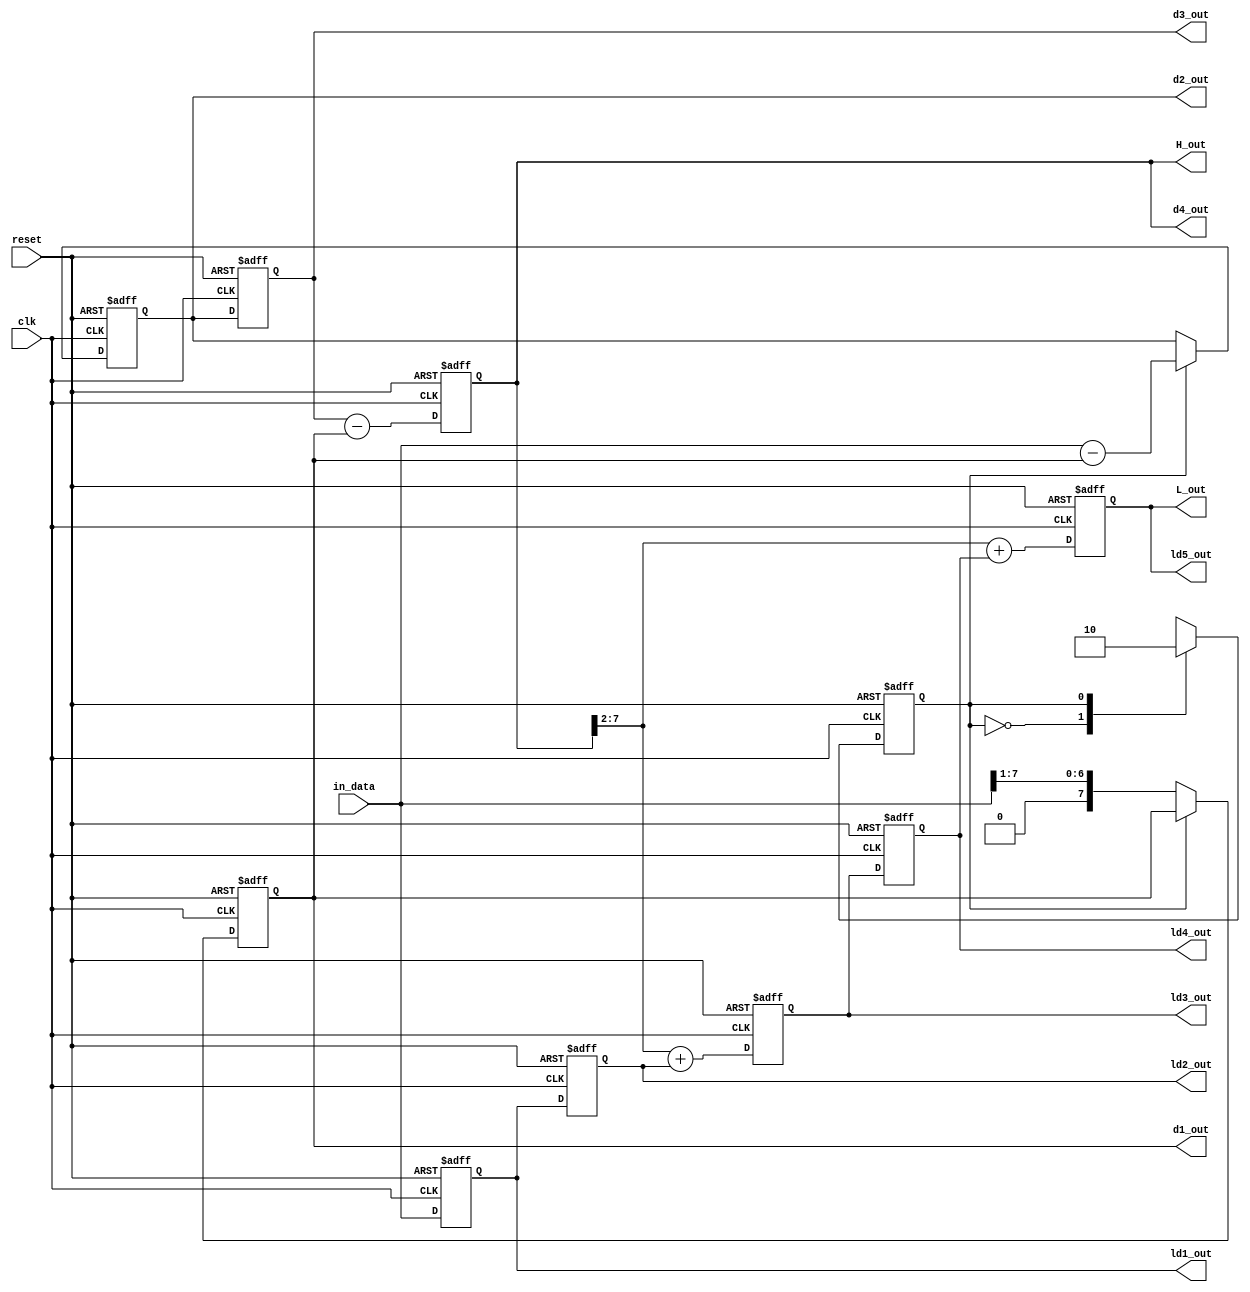
module TOP(clk, reset, in_data, d1_out, d2_out, d3_out, d4_out, ld1_out, ld2_out, ld3_out, ld4_out, ld5_out,  L_out, H_out);
	input clk;
	input reset;
	input [7:0] in_data;
	output[7:0] d1_out, d2_out, d3_out, d4_out;
	output [7:0] ld1_out, ld2_out, ld3_out, ld4_out, ld5_out;
	output [7:0] L_out;
	output [7:0] H_out;

	parameter ODD = 1'd0;
	parameter EVEN = 1'd1;
	reg[7:0] d_out[3:0];
	reg[7:0] ld_out[4:0];

	wire[7:0] sub1;
	wire[7:0] sub2;

	assign sub1 = in_data - d_out[0];
	assign sub2 = d_out[2] - d_out[0];
	assign H_out = d_out[3];
	assign L_out = ld_out[4];
	assign d1_out = d_out[0];
	assign d2_out = d_out[1];
	assign d3_out = d_out[2];
	assign d4_out = d_out[3];
	assign ld1_out = ld_out[0];
	assign ld2_out = ld_out[1];
	assign ld3_out = ld_out[2];
	assign ld4_out = ld_out[3];
	assign ld5_out = ld_out[4];
	reg state, nstate;


	always@(posedge clk, posedge reset)begin
		if(reset)begin
			state <= ODD;
		end
		else begin
			state <= nstate;
		end
	end

	always@(*)begin
		case(state)
			ODD  : nstate = EVEN;
			EVEN : nstate = ODD;
			default: nstate = ODD;
		endcase
	end



	always@(posedge clk, posedge reset)begin
		if(reset)begin
			d_out[0] <= 8'd0;
			d_out[1] <= 8'd0;
		end
		else begin
			case(state)
				ODD : d_out[0] <= in_data >> 1;
				EVEN: d_out[1] <= sub1;
			endcase
		end
	end


	always@(posedge clk, posedge reset)begin
		if(reset)begin
			d_out[2] <= 8'd0;
			d_out[3] <= 8'd0;
		end
		else begin
			d_out[2] <= d_out[1];
			d_out[3] <= sub2;
		end
	end

	integer x;
	always@(posedge clk, posedge reset)begin
		if(reset)begin
			for (x = 0; x < 5; x = x + 1) begin
				ld_out[x] <= 8'd0;
			end
		end
		else begin
			ld_out[0] <= in_data;
			ld_out[1] <= ld_out[0];
			ld_out[2] <= (d_out[3] >> 2) + ld_out[1];
			ld_out[3] <= ld_out[2];
			ld_out[4] <= (d_out[3] >> 2) + ld_out[3];
		end
	end

endmodule